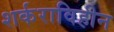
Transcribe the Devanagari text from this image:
शर्कराविहीन